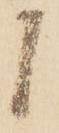
候